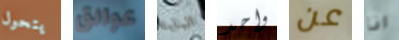
يتحول عوائق البابا واحد عن انا